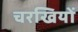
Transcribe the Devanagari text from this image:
चरखियों